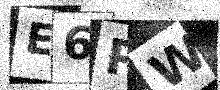
Text: E6PW